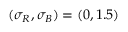
( \sigma _ { R } , \sigma _ { B } ) = ( 0 , 1 . 5 )